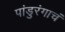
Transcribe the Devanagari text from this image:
पांडुरंगाचं